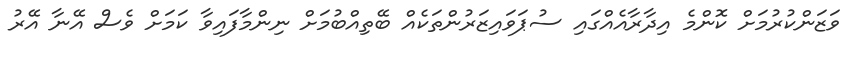
ވަޒަންކުރުމަށް ކޮންމެ އިދާރާއެއްގައި ސުޕަވައިޒަރުންތަކެއް ބޭތިއްބުމަށް ނިންމާފައިވާ ކަމަށް ވެސް އޭނާ އޭރު